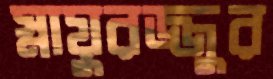
স্নায়ুরজ্জুর